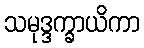
သမုဒ္ဒက္ခာယိကာ